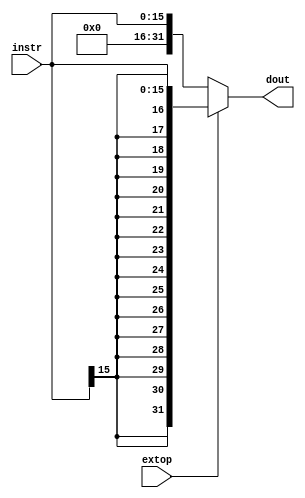
`timescale 1ns / 1ps
//////////////////////////////////////////////////////////////////////////////////
// Company: 
// Engineer: 
// 
// Design Name: 
// Module Name: Extend
// Project Name: 
// Target Devices: 
// Tool Versions: 
// Description: 
// 
// Dependencies: 
// 
// Revision:
// Revision 0.01 - File Created
// Additional Comments:
// 
//////////////////////////////////////////////////////////////////////////////////


module Extend(
    input   [15:0]instr,
    input   extop,
    output  [31:0]dout
    );
    
    assign dout = (extop==1'b0) ? {(16'b0),instr[15:0]} : {{16{instr[15]}},instr[15:0]};
endmodule